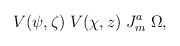
\begin{align*}V(\psi,\zeta)\;V(\chi,z)\;J^{a}_{m}\;\Omega,\end{align*}